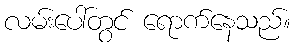
လမ်းပေါ်တွင် ရောက်နေသည်။